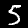
Label: 5